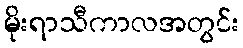
မိုးရာသီကာလအတွင်း